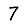
Digit: 7